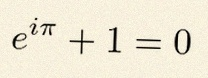
e^{i\pi}+1=0